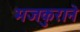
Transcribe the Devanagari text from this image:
मजकुराने